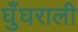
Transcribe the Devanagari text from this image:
घुँघराली